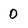
Character: 0